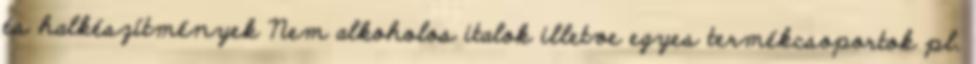
és halkészítmények Nem alkoholos italok illetve egyes termékcsoportok pl.